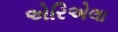
એરિએલા